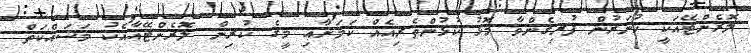
ލޮރެންޓޭއަކީ ހުނަރުން ފުރިގެންވާ މޮޅު ކުޅުންތެރިއެއް ކަމަށާއި މީގެ ކުރިން ލޮރެންޓޭއާއެކު މަސައްކަތް